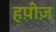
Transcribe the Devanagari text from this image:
हप़ीज़